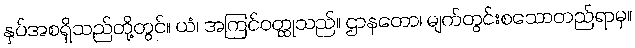
နှပ်အစရှိသည်တို့တွင်။ ယံ၊ အကြင်ဝတ္ထုသည်။ ဌာနတော၊ မျက်တွင်းစသောတည်ရာမှ။